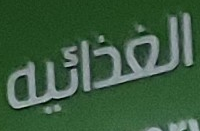
الغذائية